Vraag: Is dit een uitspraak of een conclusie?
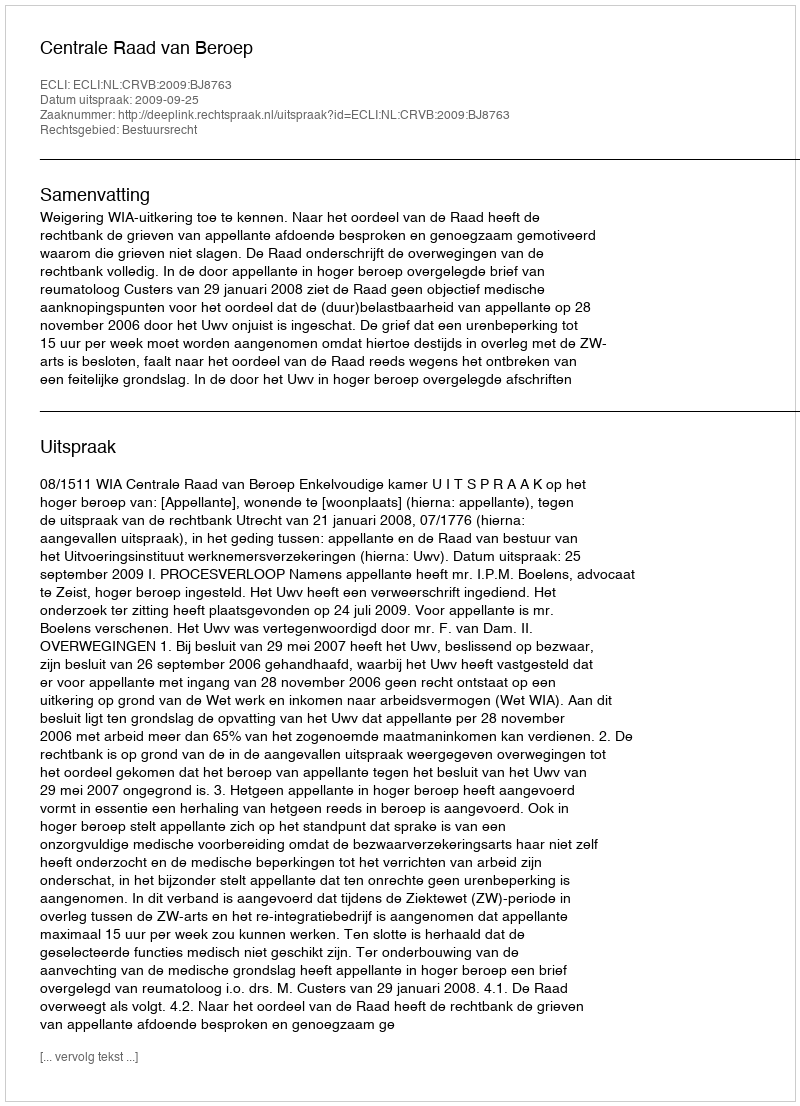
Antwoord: Uitspraak